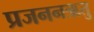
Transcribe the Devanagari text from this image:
प्रजननऋतु